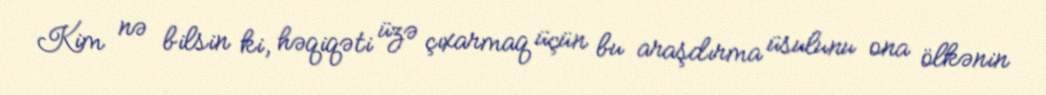
Kim nə bilsin ki, həqiqəti üzə çıxarmaq üçün bu araşdırma üsulunu ona ölkənin